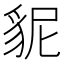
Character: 䝚